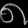
Digit: ၈